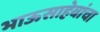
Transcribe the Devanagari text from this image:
भाऊसाहेबांचा